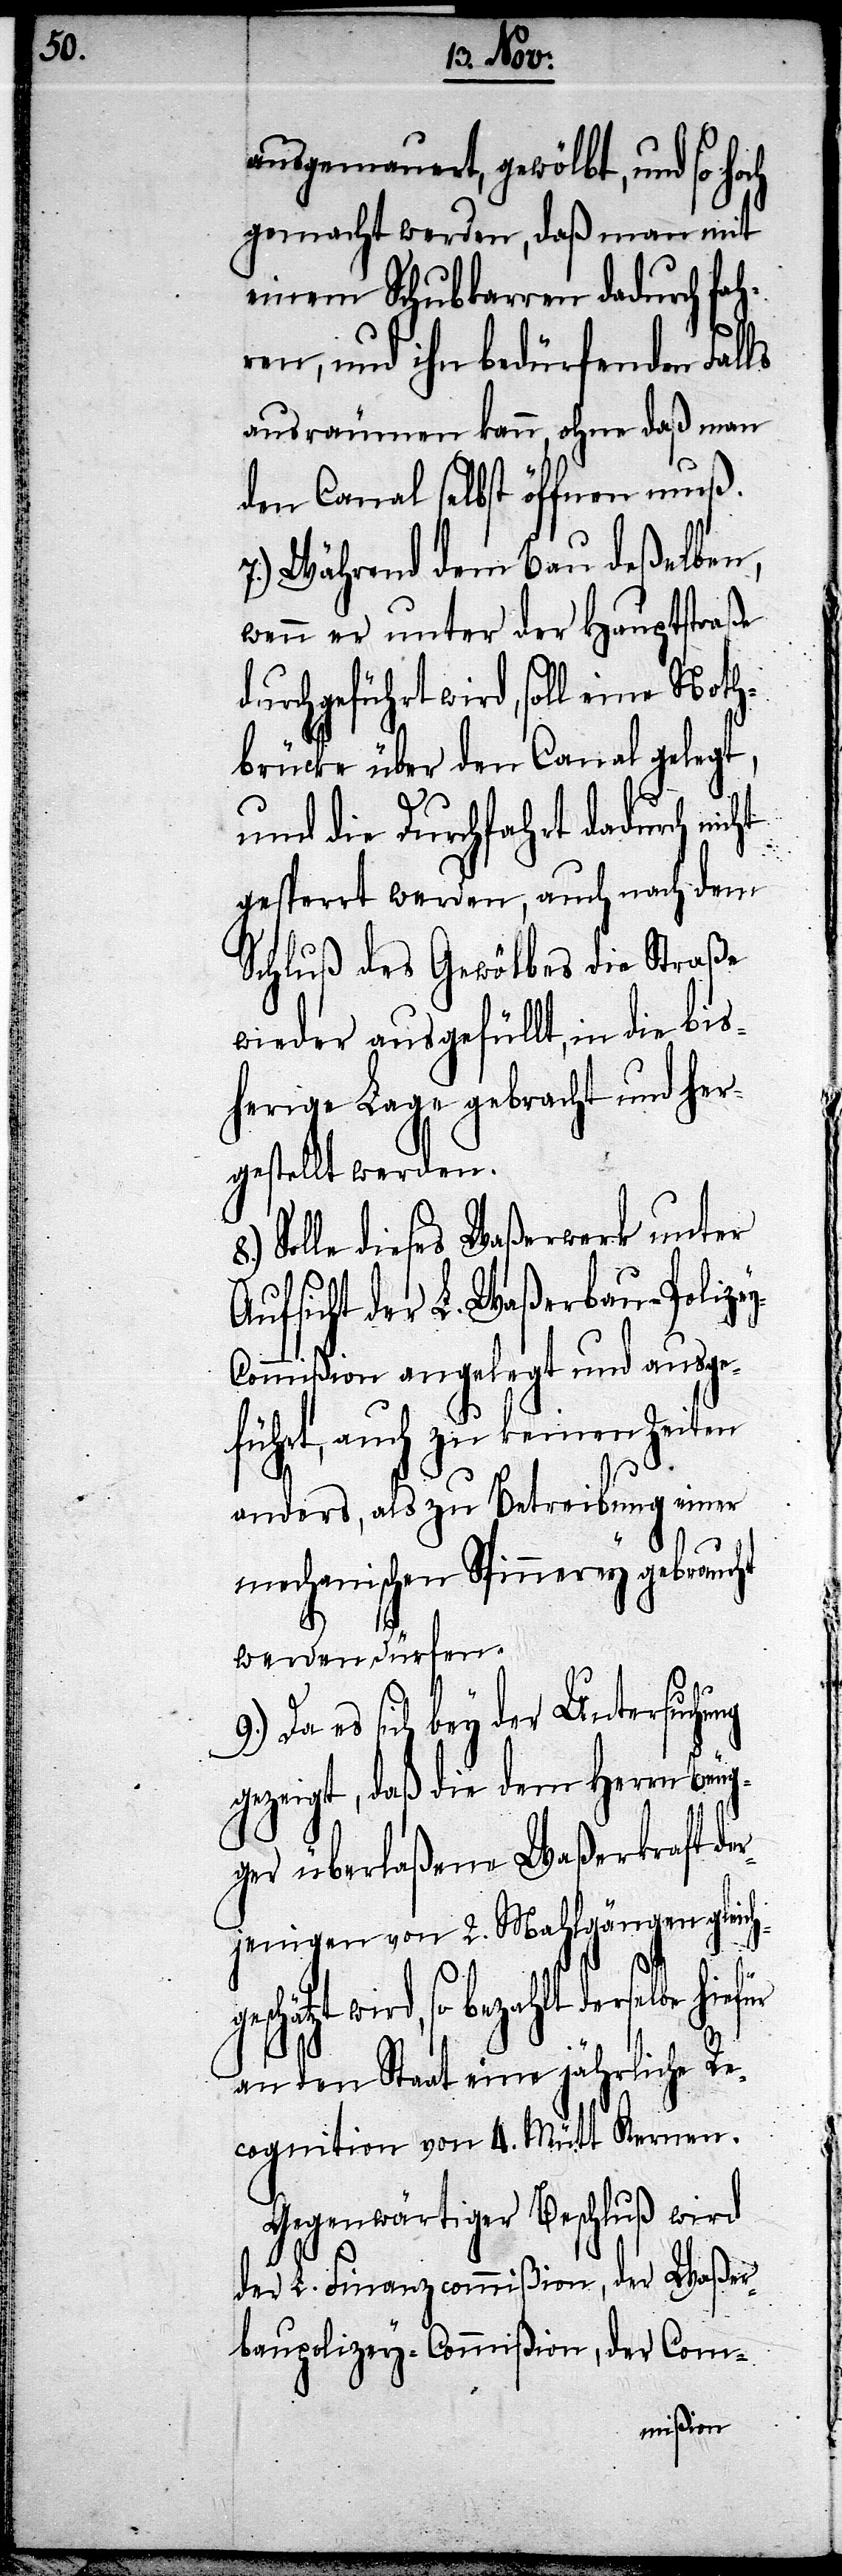
ausgemauert, gewölbt, und so ho¬
gemacht werden, daß man mit
einem Schubkarren dadurch fah¬
ren, und ihn bedürfenden Falls
ausräumen kann, ohne daß man
den Canal selbst öffnen muß.
7.) Während dem Bau deßelben,
wenn er unter der Hauptstraße
durchgeführt wird, soll eine Noth¬
brücke über den Canal gelegt,
und die Durchfahrt dadurch nic¬
gesperrt werden, auch nach dem
Schluß des Gewölbes die Straße
wieder ausgefüllt, in die bis¬
herige Lage gebracht und her¬
gestellt werden.
Solle dieses Waßerwerk unter
Aufsicht der L. Waßerbau-Polize¬
y-Commißion angelegt und ausge¬
führt, auch zu keinen Zeiten
anders, als zu Betreibung einer
mechanischen Spinnerey gebraucht
ht
werden dürfen.
Da es sich bey der Untersuchung
gezeigt, daß die dem Herr Beug¬
ger überlaßene Waßerkraft de¬
rjenigen von 2. Mahlgängen gleich¬
geschätzt wird, so bezahlt
an den Staat eine jährliche Re¬
cognition von 4. Mütt Kernen.
Gegenwärtiger Beschluß wird
der L. Finanzcommißion, der Waßer¬
baupolizey-Commißion, der Com-